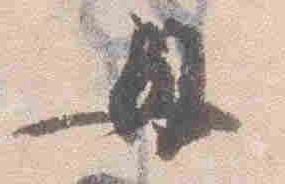
母